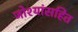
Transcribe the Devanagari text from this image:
जोश्यांसहित